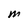
Character: m